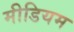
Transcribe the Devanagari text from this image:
मीडियम